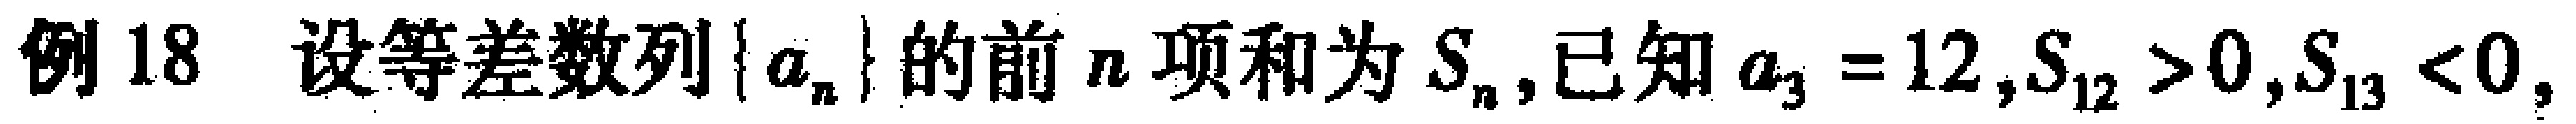
例18 设等差数列\(\{ a_{n}\}\)的前\(n\)项和为\(S_{n}\),已知\(a_{3}=12,S_{12}>0,S_{13}<0\),